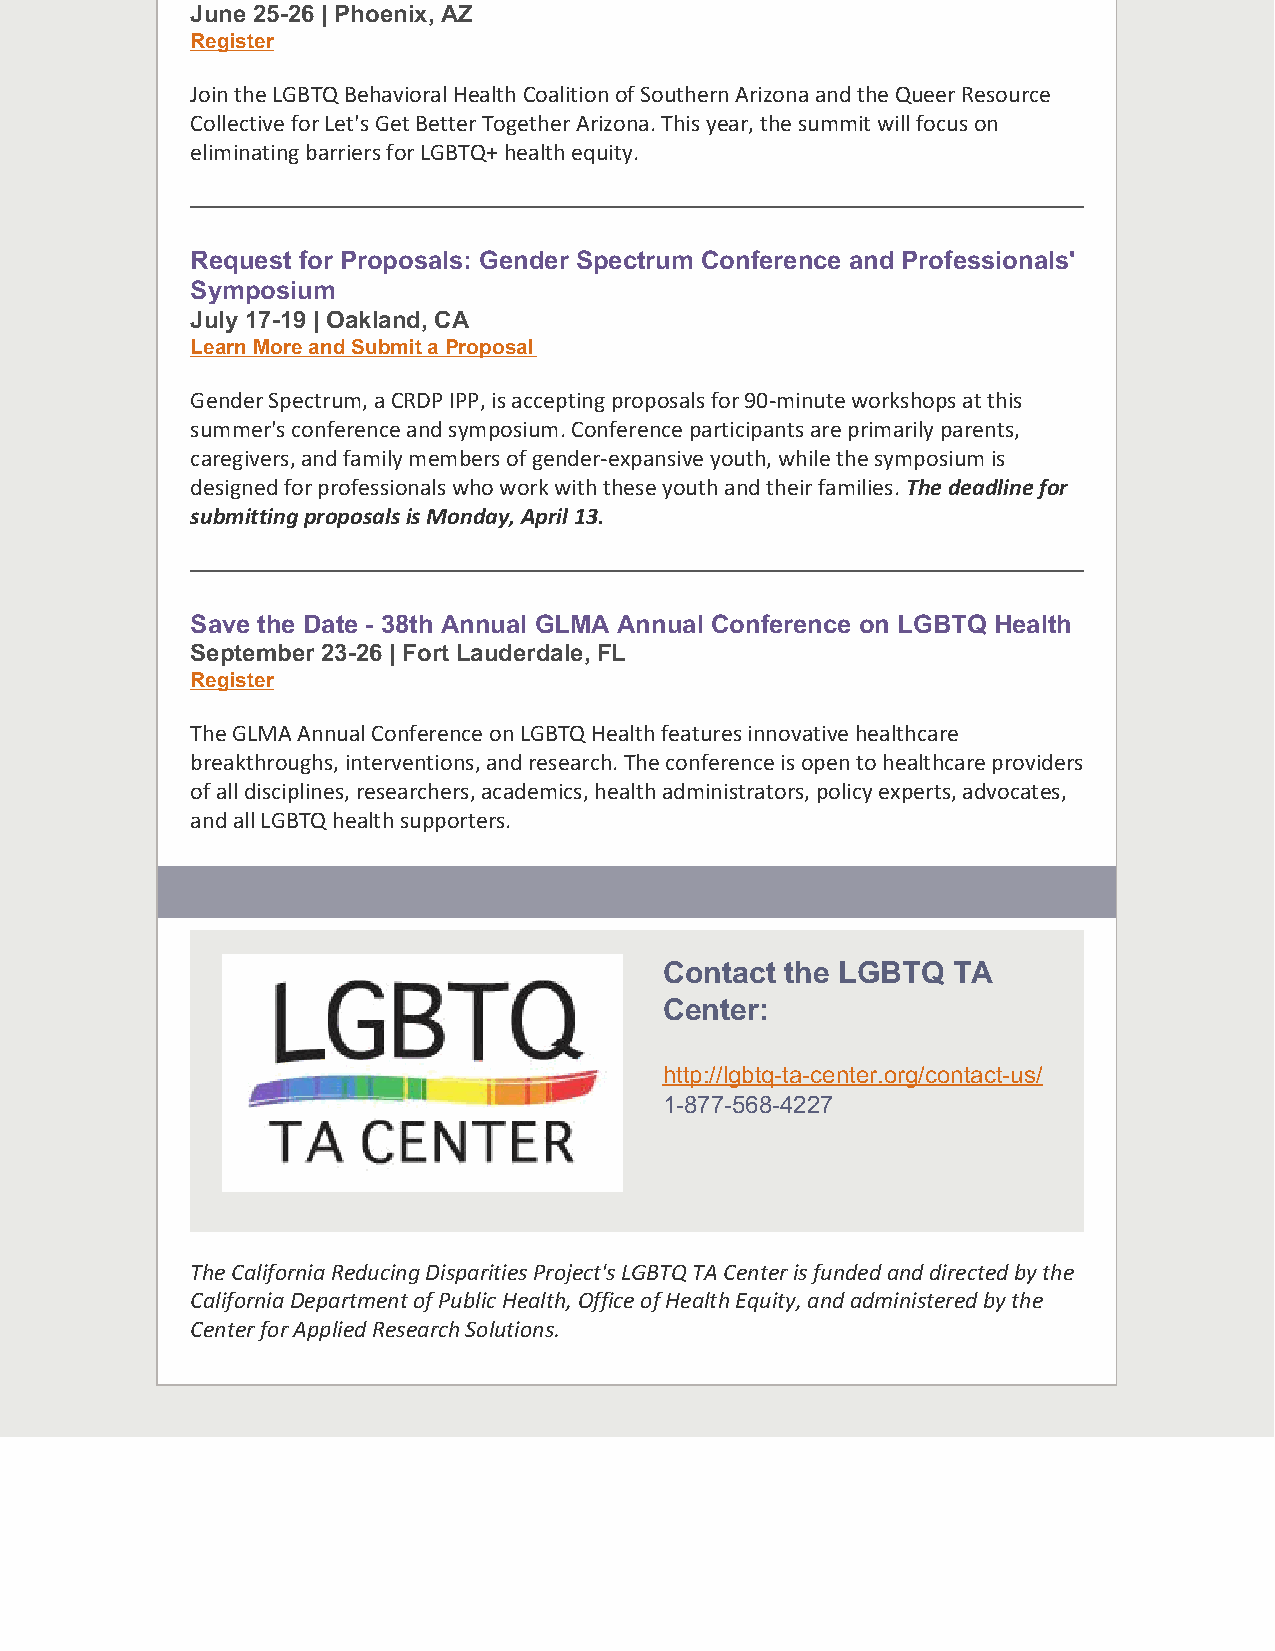
June 25-26 | Phoenix, AZ
 Register
 Join the LGBTQ Behavioral Health Coalition of Southern Arizona and the Queer Resource
 Collective for Let's Get Better Together Arizona. This year, the summit will focus on
 eliminating barriers for LGBTQ+ health equity.
 Request for Proposals: Gender Spectrum Conference and Professionals'
 Symposium
 July 17-19 | Oakland, CA
 Learn More and Submit a Proposal
 Gender Spectrum, a CRDP IPP, is accepting proposals for 90-minute workshops at this
 summer's conference and symposium. Conference participants are primarily parents,
 caregivers, and family members of gender-expansive youth, while the symposium is
 designed for professionals who work with these youth and their families. The deadline for
 submitting proposals is Monday, April 13.
 Save the Date - 38th Annual GLMA Annual Conference on LGBTQ Health
 September 23-26 | Fort Lauderdale, FL
 Register
 The GLMA Annual Conference on LGBTQ Health features innovative healthcare
 breakthroughs, interventions, and research. The conference is open to healthcare providers
 of all disciplines, researchers, academics, health administrators, policy experts, advocates,
 and all LGBTQ health supporters.
 Contact the LGBTQ  TA
 Center:
 http://lgbtq-ta-center.org/contact-us/
 1-877-568-4227
 The California Reducing Disparities Project's LGBTQ TA Center is funded and directed by the
 California Department of Public Health, Office of Health Equity, and administered by the
 Center for Applied Research Solutions.